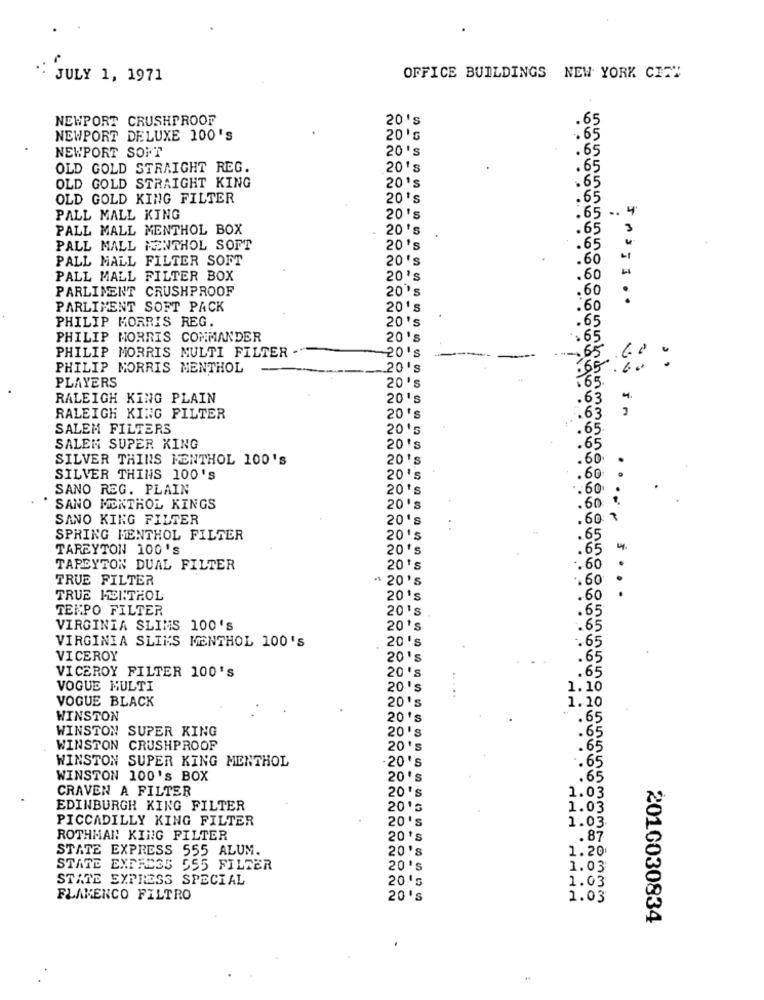
JULY 1, 1971
OFFICE BUILDINGS NEW YORK CITY
NEWPORT CRUSHPROOF
20's
.65
NEWPORT DELUXE 100's
20'
.65
NEWPORT SOFT
20's
.65
OLD GOLD STRAIGHT REG.
20's
.65
OLD GOLD STRAIGHT KING
.65
20's
OLD GOLD KING FILTER
20 's
.65
.65 .. 4
PALL MALL KING
20's
PALL MALL MENTHOL BOX
20's
.65
3
PALL MALL MENTHOL SOFT
20's
.65
PALL MALL FILTER SOFT
20's
.60
PALL MALL FILTER BOX
20's
.60
PARLIMENT CRUSHPROOF
20 's
.60
PARLIMENT SOFT PACK
20's
.60
PHILIP MORRIS REG.
20's
.65
PHILIP MORRIS COMMANDER
20's
.. 65
PHILIP MORRIS MULTI FILTER -
20 'S
-65
PHILIP MORRIS MENTHOL
20's
.65 %.
.65.
PLAYERS
20's
RALEIGH KING PLAIN
20's
.63
.63
RALEIGH KING FILTER
20's
SALEM FILTERS
20's
.65.
SALEM SUPER KING
20's
.65
SILVER THINS MENTHOL 100's
20's
.60
SILVER THINS 100's
20's
.60
SANO REG. PLAIN
20's
.. 60
SANO MENTHOL KINGS
20's
.60
SANO KING FILTER
20's
.60 1
..
SPRING MENTHOL FILTER
20's
.65
TAREYTON 100's
20's
. 65
4.
TAPEYTON DUAL FILTER
20's
.. 60
TRUE FILTER
- 20's
.. 60
.
..... ....
TRUE MENTHOL
20's
.60
TEMPO FILTER
20's
.65
VIRGINIA SLIMS 100's
20's
.65
VIRGINIA SLIMS MENTHOL 100'S
20's
.65
VICEROY
20 's
.65
20's
.65
VICEROY FILTER 100's
VOGUE MULTI
20 's
1.10
VOGUE BLACK
20's
1.20
WINSTON
20's
. . 65
WINSTON SUPER KING
20's
.65
WINSTON CRUSHPROOF
20's
.65
WINSTON SUPER KING MENTHOL
-20's
.. 65
WINSTON 100's BOX
20's
.65
CRAVEN A FILTER
20's
1.03
EDINBURGH KING FILTER
20's
1.03
PICCADILLY KING FILTER
20's
1.03
ROTHMAN KING FILTER
20 's
. 87
STATE EXPRESS 555 ALUM.
20's
1.20
STATE EXPRESS 555 FILTER
20's
1.03
STATE EXPRESS SPECIAL
20's
1.03
FLAMENCO FILTRO
20's
1.03
2016030834